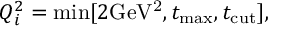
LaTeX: Q _ { i } ^ { 2 } = \operatorname * { m i n } [ 2 \mathrm { G e V ^ { 2 } } , t _ { \mathrm { m a x } } , t _ { \mathrm { c u t } } ] ,